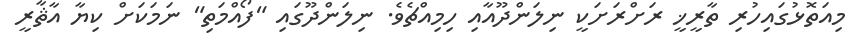
މިއަތޮޅުގައިހުރި ތާރީޚީ ރަށްރަށަކީ ނިލަންދޫއާއި ހިމިއްޗެވެ. ނިލަންދޫގައި "ފޯއްމަތި" ނަމަކަށް ކިޔާ އާޘާރީ